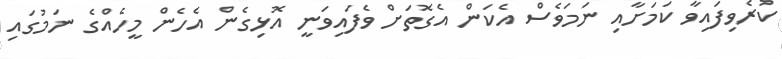
ކުރެވިފައިވާ ކަމަށާއި ނަމަވެސް އެކަން އެގޮތަށް ވެފައިވަނީ އޮޅިގެން އެހެން މީހެއްގެ ނަމުގައި